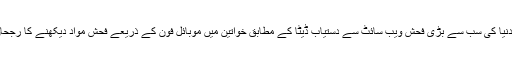
رپورٹ کے مطابق دنیا کی سب سے بڑی فحش ویب سائٹ سے دستیاب ڈیٹا کے مطابق خواتین میں موبائل فون کے ذریعے فحش مواد دیکھنے کا رجحان زیادہ پایا جاتا ہے۔